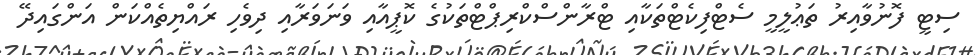
ސިޓީ ފޮނުވާއިރު ތަޢުލީމީ ސެޓްފިކެޓްތަކާއި ޓްރާންސްކްރިޕްޓްތަކުގެ ކޮޕީއާއި ވަނަވަރާއި ދިވެހި ރައްޔިތެއްކަން އަންގައިދޭ